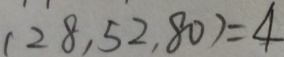
( 2 8 , 5 2 , 8 0 ) = 4